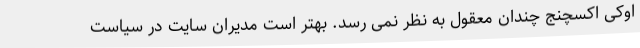
اوکی اکسچنج چندان معقول به نظر نمی رسد. بهتر است مدیران سایت در سیاست